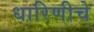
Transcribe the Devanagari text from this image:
धारिणीचे